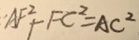
A F ^ { 2 } + F C ^ { 2 } = A C ^ { 2 }